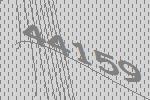
44159